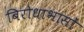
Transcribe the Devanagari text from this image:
बिरोधाभासों